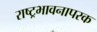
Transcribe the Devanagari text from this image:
राष्ट्रभावनापरक